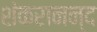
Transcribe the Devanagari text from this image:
शंकरानन्द